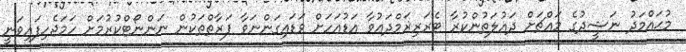
މުޙައްމަދު ނަޝީދުގެ މައްޗަށް ދައުލަތުންކުރާ ޓެރަރިޜަމްދަޢުވާ އަޑުއަހަށް ވަޑައިގަންނަވާ ފަރާތްތަކުން ނަންނޯޓްކުރުމަށް ހަމަޖެހިފައިވަނީ